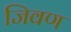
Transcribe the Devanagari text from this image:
जिवण